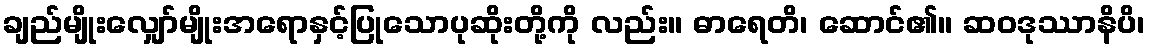
ချည်မျိုးလျှော်မျိုးအရောနှင့်ပြုသောပုဆိုးတို့ကို လည်း။ ဓာရေတိ၊ ဆောင်၏။ ဆဝဒုဿာနိပိ၊